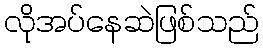
လိုအပ်နေဆဲဖြစ်သည်